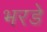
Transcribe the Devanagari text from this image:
भरडे